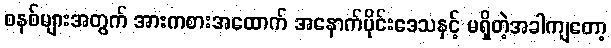
စနစ်များအတွက် အားကစားအထောက် အနောက်ပိုင်းဒေသနှင့် မရှိတဲ့အခါကျတော့